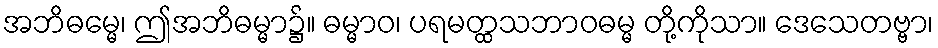
အဘိဓမ္မေ၊ ဤအဘိဓမ္မာ၌။ ဓမ္မာဝ၊ ပရမတ္ထသဘာဝဓမ္မ တို့ကိုသာ။ ဒေသေတဗ္ဗာ၊